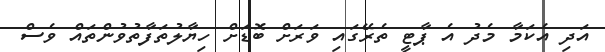
އަދި އެކަމާ މެދު އެ ޕާޓީ ތެރޭގައި ވަރަށް ބޮޑަށް ހިޔާލުތަފާތުވުންތައް ވެސް